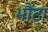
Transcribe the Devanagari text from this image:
भौंटा